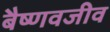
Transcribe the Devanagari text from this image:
बैष्णवजीव